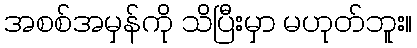
အစစ်အမှန်ကို သိပြီးမှာ မဟုတ်ဘူး။